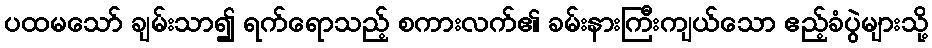
ပထမသော် ချမ်းသာ၍ ရက်ရောသည့် စကားလက်၏ ခမ်းနားကြီးကျယ်သော ဧည့်ခံပွဲများသို့